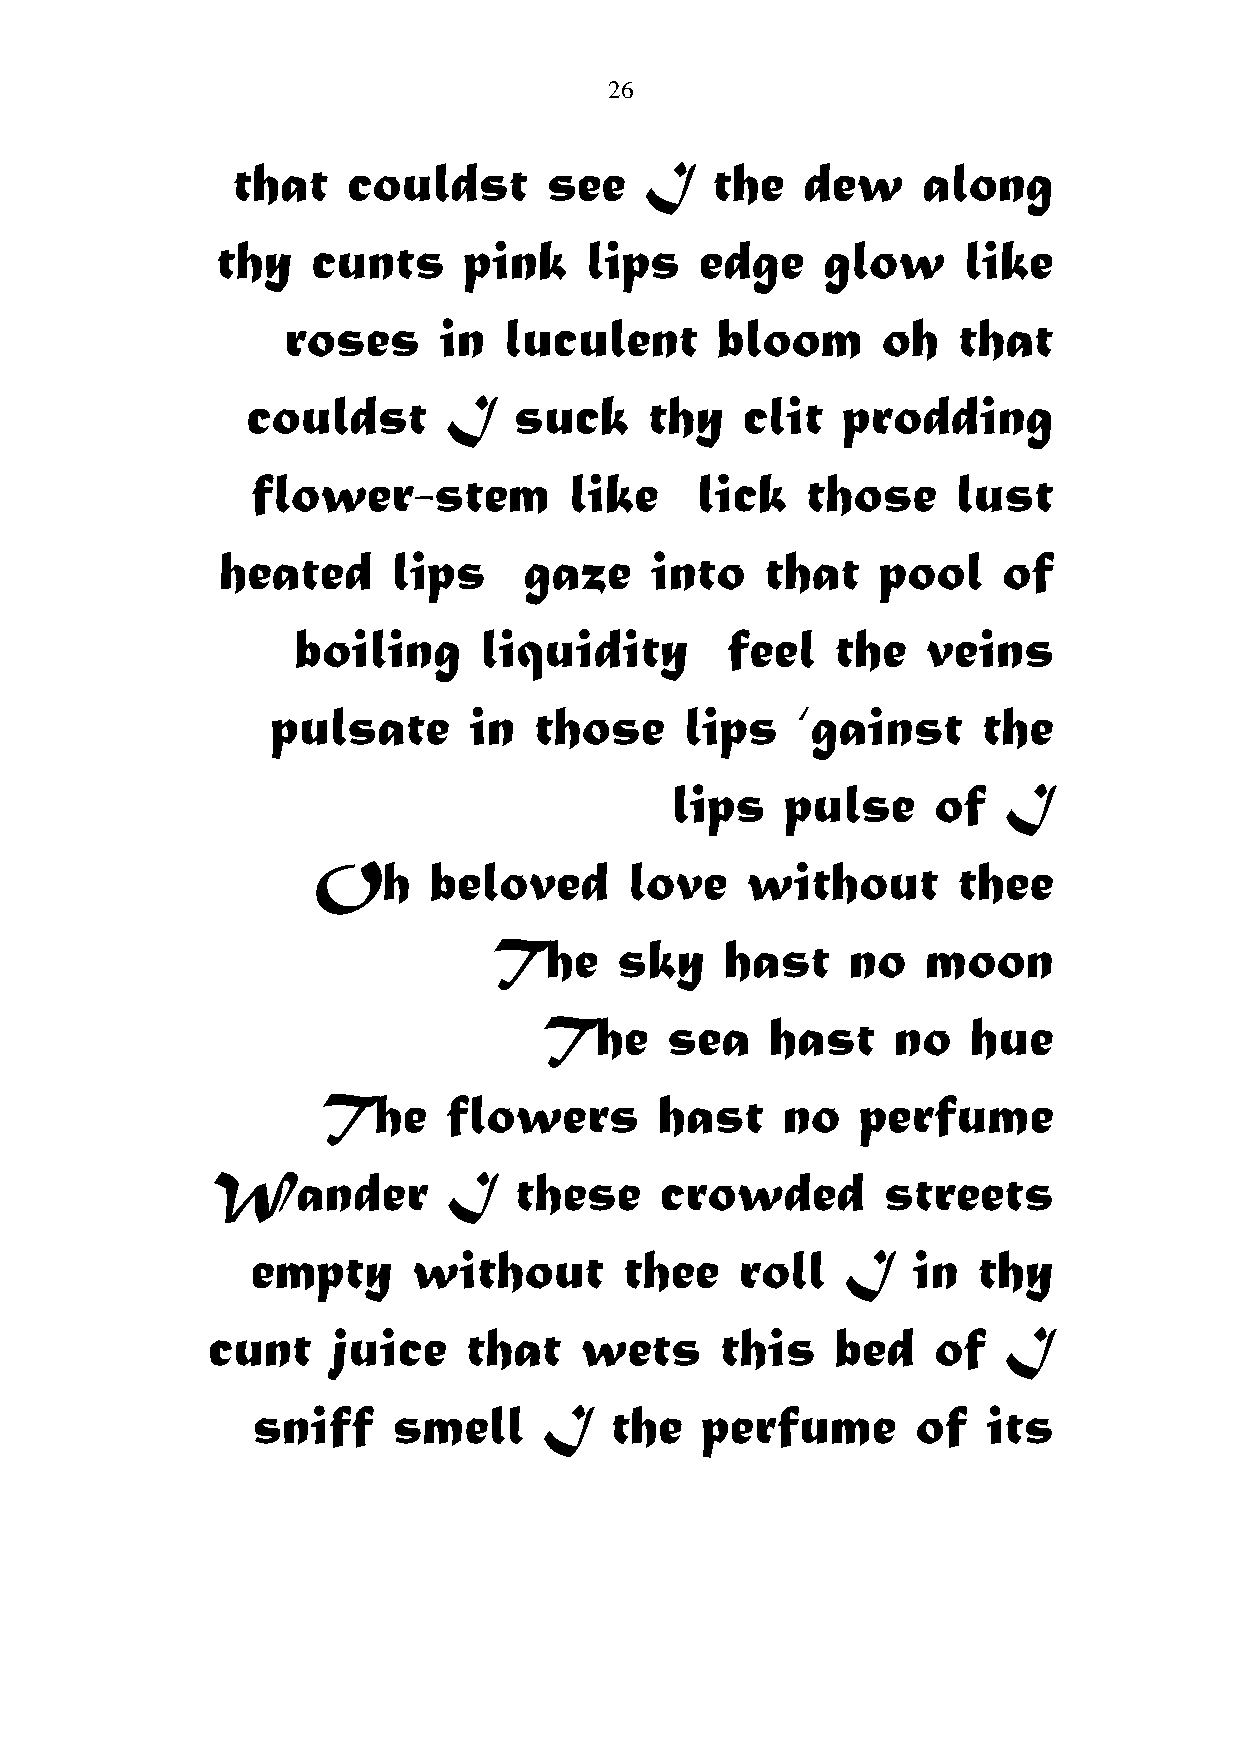
26
 that    couldst      see    I   the   dew     along
 thy    cunts     pink    lips   edge    glow      like
 roses     in  luculent      bloom      oh   that
 couldst       I   suck     thy   clit   prodding
 flower-stem          like    lick   those     lust
 heated     lips     gaze    into    that   pool    of
 boiling      liquidity       feel   the   veins
 pulsate      in  those     lips    ‘gainst     the
 lips    pulse     of  I
 Oh     beloved       love   without       thee
 The     sky    hast    no   moon
 The     sea    hast    no   hue
 The      flowers       hast    no   perfume
 Wander          I   these     crowded       streets
 empty     without       thee    roll   I   in   thy
 cunt    juice    that   wets      this   bed    of  I
 sniff    smell     I   the   perfume        of  its